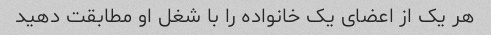
هر یک از اعضای یک خانواده را با شغل او مطابقت دهید